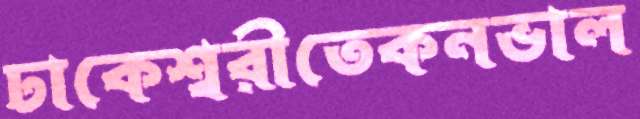
ঢাকেশ্বরীতেকনভাল